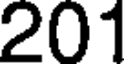
201